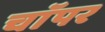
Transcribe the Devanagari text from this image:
चाॅपर